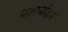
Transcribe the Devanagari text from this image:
यज्ञायज्ञियं